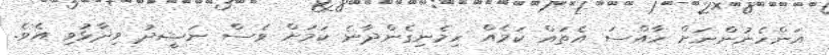
އަންހެނުންނަށް ހާއްސަ އެތައް ކަމެއް ހިމެނިގެންދާނެ ކަމަށް ވެސް ނަޝީދު ވިދާޅުވި އެވެ.